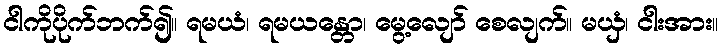
ငါကိုပိုက်ဘက်၍။ ရမယံ၊ ရမယန္တော၊ မွေ့လျော် စေလျက်။ မယှံ၊ ငါးအား။